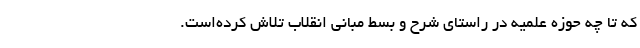
که تا چه حوزه علمیه در راستای شرح و بسط مبانی انقلاب تلاش کرده‌است.